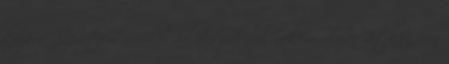
kajára. Szeretem amikor valaki udvarol nekem, olyan ritkán van